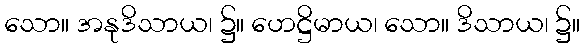
သော။ အနုဒိသာယ၊ ၌။ ဟေဋ္ဌိမာယ၊ သော။ ဒိသာယ၊ ၌။